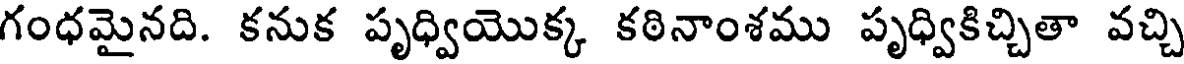
గంధమైనది. కనుక పృధ్వియొక్క కఠినాంశము పృధ్వికిచ్చితా వచ్చి